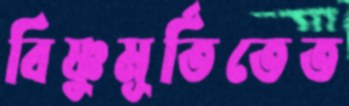
বিষ্ণুমূর্তিতেত